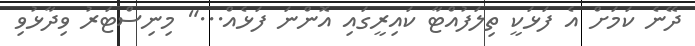
ދޭނެ ކަމަށް އެ ފަޅަކީ ތިލަފުއްޓާ ކައިރީގައި އޮންނަ ފަޅެއް..." މިިނިސްޓަރު ވިދާޅުވި